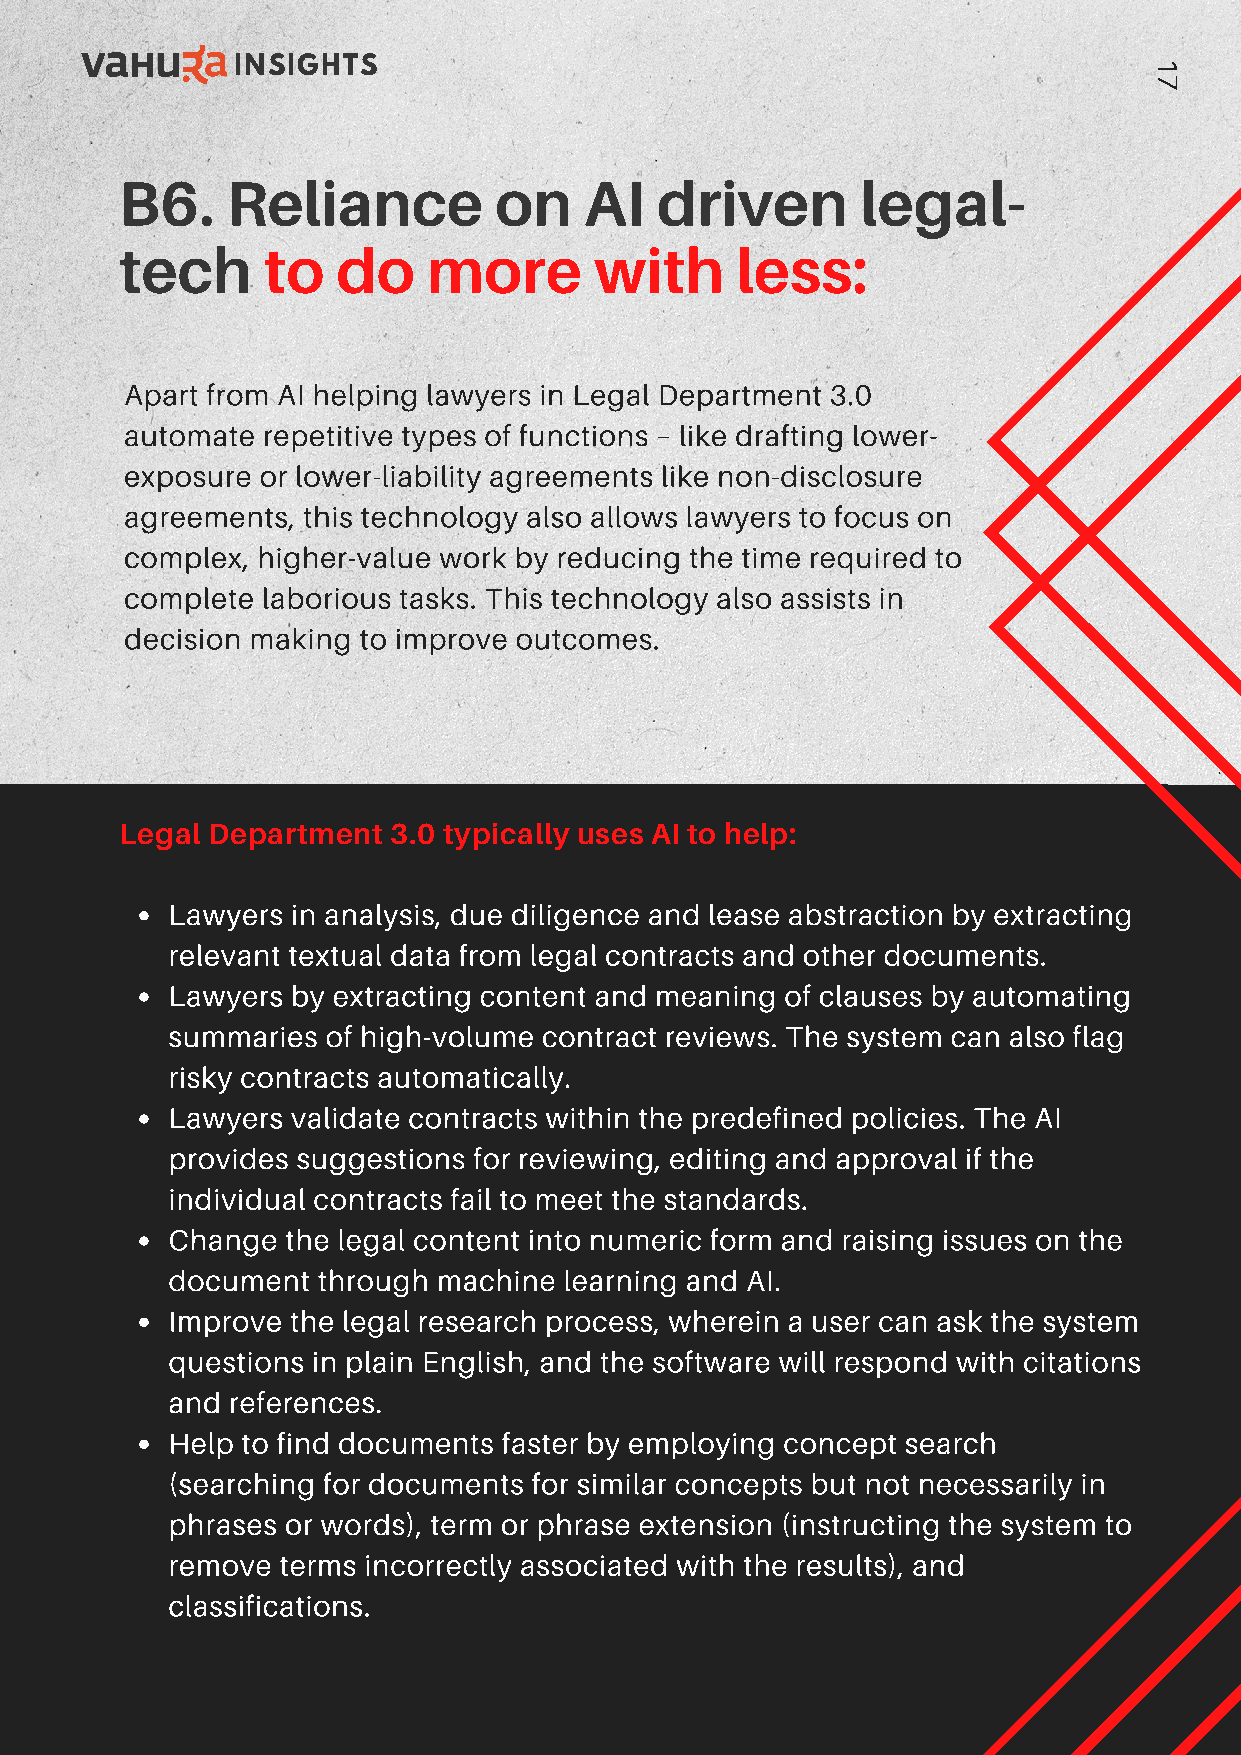
INSIGHTS                                                     1
 7
 B6.    Reliance          on    AI  driven        legal-
 tech     to   do    more       with      less:
 Apart from AI helping lawyers in Legal Department 3.0
 automate repetitive types of functions – like drafting lower-
 exposure or lower-liability agreements like non-disclosure
 agreements, this technology also allows lawyers to focus on
 complex, higher-value work by reducing the time required to
 complete laborious tasks. This technology also assists in
 decision making to improve outcomes.
 Legal Department  3.0 typically uses AI to help:
 Lawyers in analysis, due diligence and lease abstraction by extracting
 relevant textual data from legal contracts and other documents.
 Lawyers by extracting content and meaning of clauses by automating
 summaries  of high-volume contract reviews. The system can also flag
 risky contracts automatically.
 Lawyers validate contracts within the predefined policies. The AI
 provides suggestions for reviewing, editing and approval if the
 individual contracts fail to meet the standards.
 Change  the legal content into numeric form and raising issues on the
 document  through machine learning and AI.
 Improve the legal research process, wherein a user can ask the system
 questions in plain English, and the software will respond with citations
 and references.
 Help to find documents faster by employing concept search
 (searching for documents for similar concepts but not necessarily in
 phrases or words), term or phrase extension (instructing the system to
 remove  terms incorrectly associated with the results), and
 classifications.